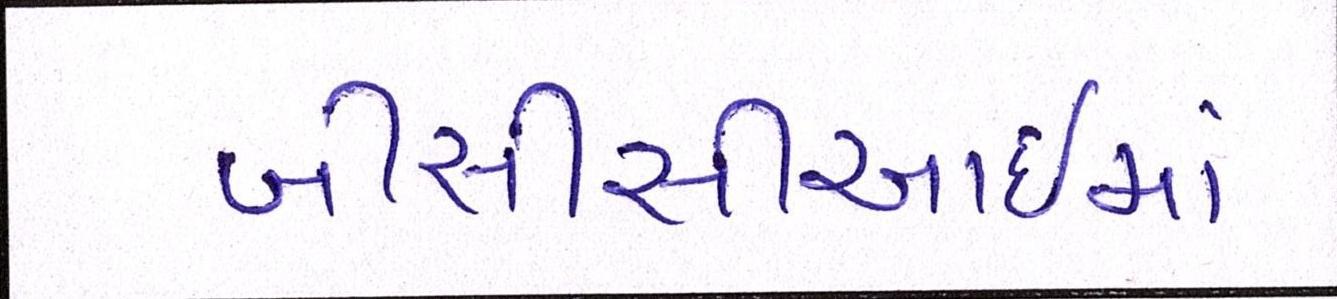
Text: બીસીસીઆઈમાં